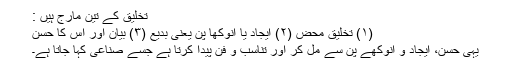
تخلیق کے تین مارج ہیں :
(۱) تخلیق محض (۲) ایجاد یا انوکھا پن یعنی بدیع (۳) بیان اور اس کا حُسن
یہی حُسن، ایجاد و انوکھے پن سے مل کر اور تناسب و فن پیدا کرتا ہے جسے صناعی کہا جاتا ہے۔